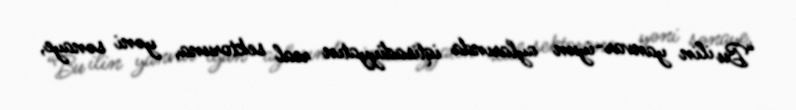
“Bu ilin yanvar-iyun aylarında iqtisadiyyatın real sektoruna, yəni sənaye,